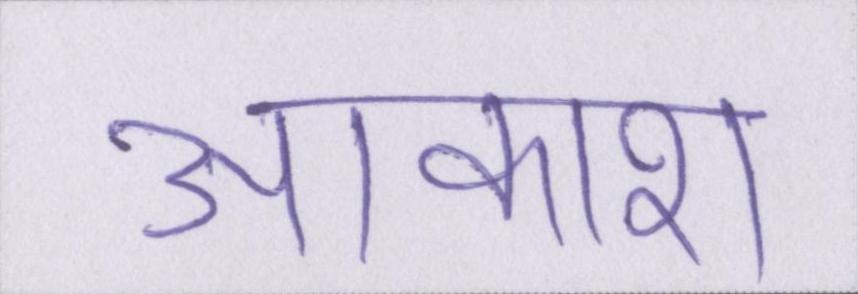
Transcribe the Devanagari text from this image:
आकाश